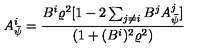
A _ { \bar { \psi } } ^ { i } = \frac { B ^ { i } \varrho ^ { 2 } [ 1 - 2 \sum _ { j \neq i } B ^ { j } A _ { \bar { \psi } } ^ { j } ] } { ( 1 + ( B ^ { i } ) ^ { 2 } \varrho ^ { 2 } ) }